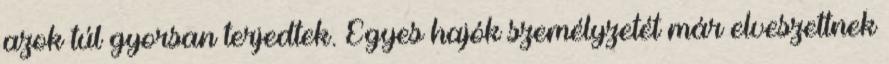
azok túl gyorsan terjedtek. Egyes hajók személyzetét már elveszettnek